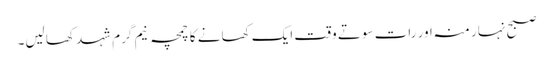
صبح نہار منہ اور رات سوتے وقت ایک کھانے کا چمچہ نیم گرم شہد کھا لیں۔